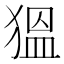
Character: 𱮋